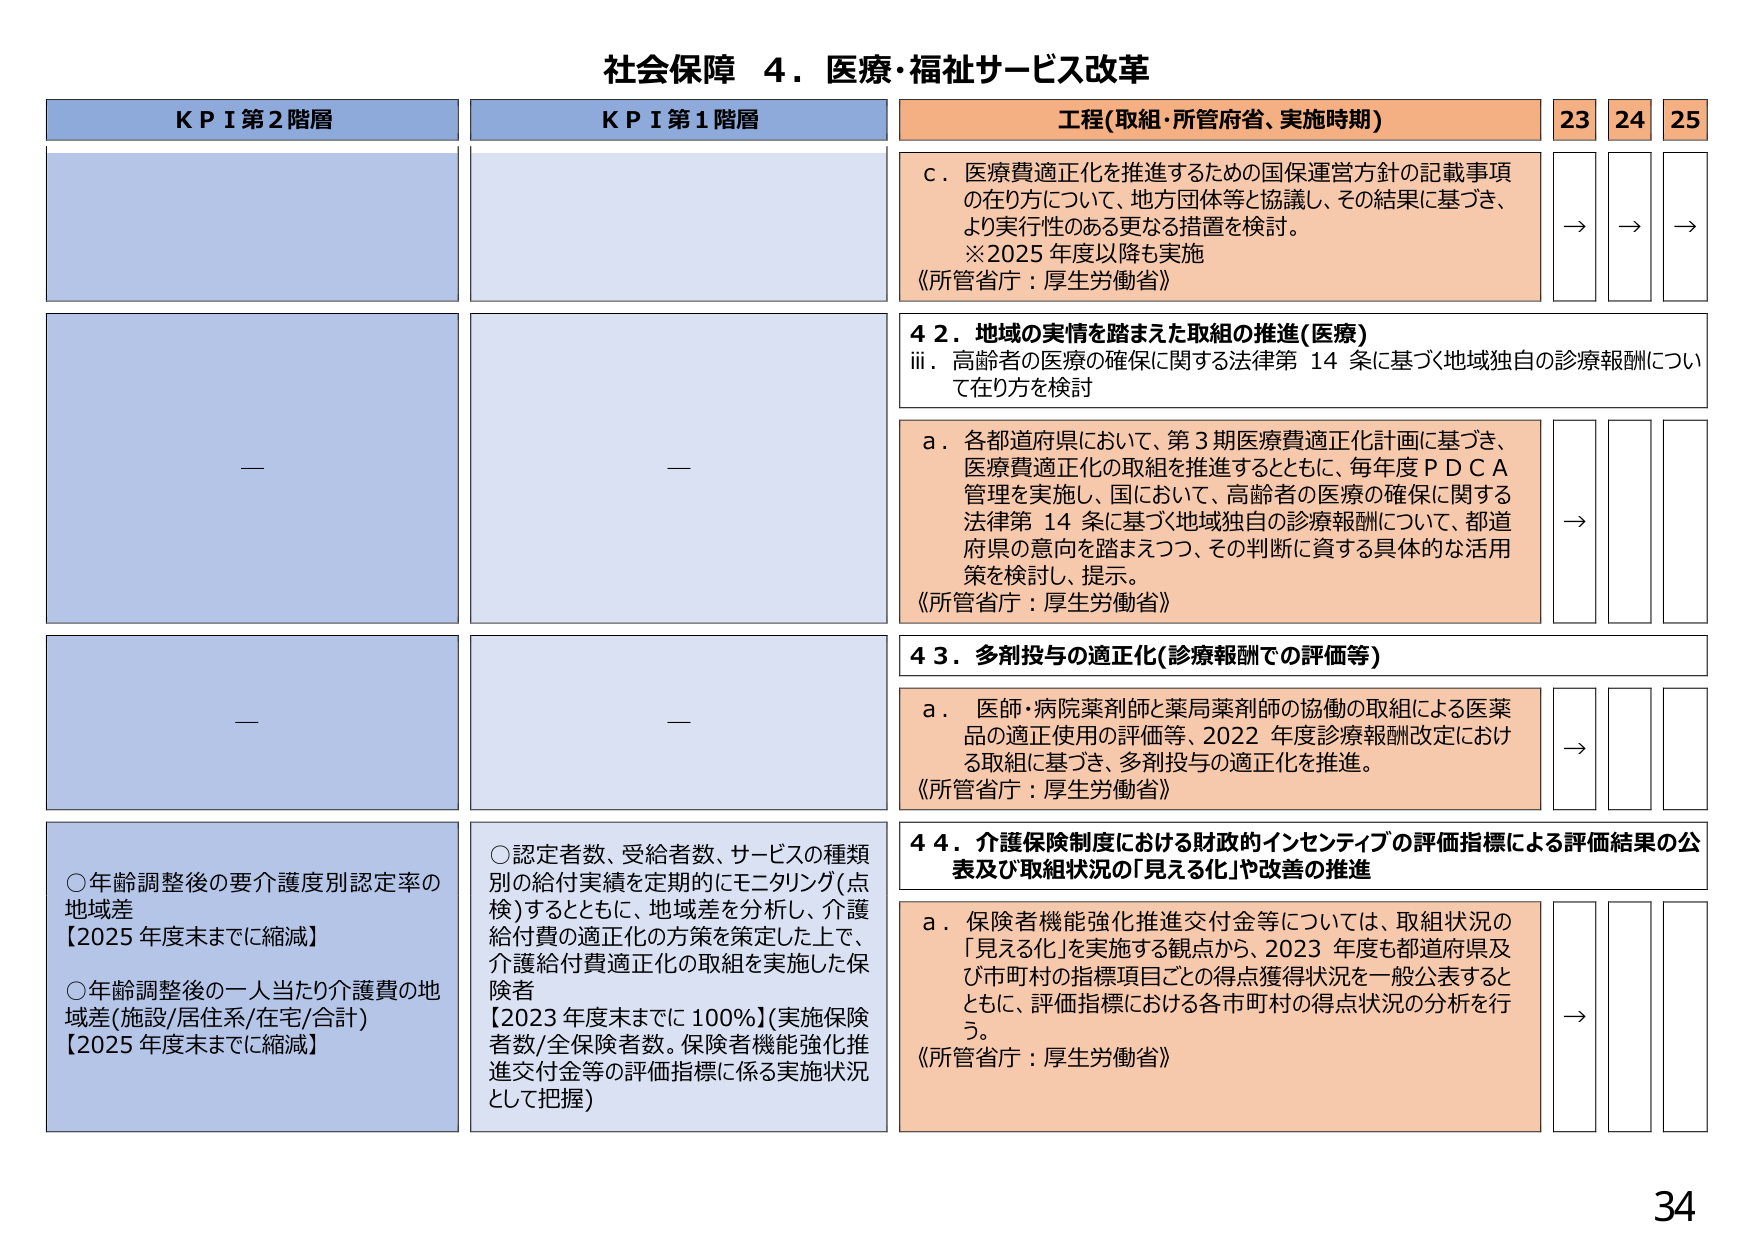
社会保障 ４．医療・福祉サービス改革

KPI第2階層
KPI第1階層
工程(取組・所管府省、実施時期)
23 24 25

c．医療費適正化を推進するための国保運営方針の記載事項の在り方について、地方団体等と協議し、その結果に基づき、より実行性のある更なる措置を検討。
※2025年度以降も実施
《所管省庁：厚生労働省》
→ → →

42．地域の実情を踏まえた取組の推進(医療)
iii．高齢者の医療の確保に関する法律第14条に基づく地域独自の診療報酬について在り方を検討

a．各都道府県において、第3期医療費適正化計画に基づき、医療費適正化の取組を推進するとともに、毎年度PDCA管理を実施し、国において、高齢者の医療の確保に関する法律第14条に基づく地域独自の診療報酬について、都道府県の意向を踏まえつつ、その判断に資する具体的な活用策を検討し、提示。
《所管省庁：厚生労働省》
→

43．多剤投与の適正化(診療報酬での評価等)

a．医師・病院薬剤師と薬局薬剤師の協働の取組による医薬品の適正使用の評価等、2022年度診療報酬改定における取組に基づき、多剤投与の適正化を推進。
《所管省庁：厚生労働省》
→

44．介護保険制度における財政的インセンティブの評価指標による評価結果の公表及び取組状況の「見える化」や改善の推進

a．保険者機能強化推進交付金等については、取組状況の「見える化」を実施する観点から、2023年度も都道府県及び市町村の指標項目ごとの得点獲得状況を一般公表するとともに、評価指標における各市町村の得点状況の分析を行う。
《所管省庁：厚生労働省》
→

○年齢調整後の要介護度別認定率の地域差
【2025年度末までに縮減】

○年齢調整後の一人当たり介護費の地域差(施設/居住系/在宅/合計)
【2025年度末までに縮減】

○認定者数、受給者数、サービスの種類別の給付実績を定期的にモニタリング(点検)するとともに、地域差を分析し、介護給付費の適正化の方策を策定した上で、介護給付費適正化の取組を実施した保険者
【2023年度末までに100%】(実施保険者数/全保険者数。保険者機能強化推進交付金等の評価指標に係る実施状況として把握)

34